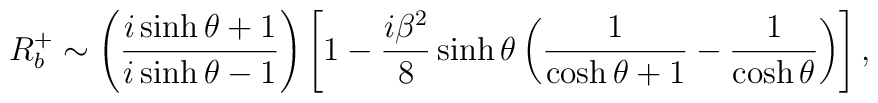
R_b^+\sim \left(\frac{i\sinh \theta+1}    {i\sinh \theta-1}\right)\left[ 1- \frac{i \beta^2}{8} \sinh \theta  \left( \frac{1}{\cosh \theta+1}-\frac{1}{\cosh \theta} \right)   \right],